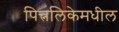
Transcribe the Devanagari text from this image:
पित्त्नलिकेमधील